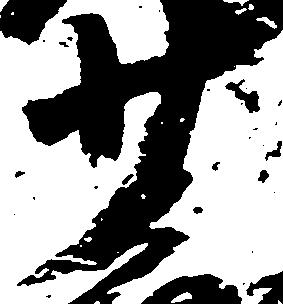
少